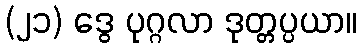
(၂၁) ဒွေ ပုဂ္ဂလာ ဒုတ္တပ္ပယာ။